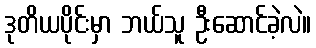
ဒုတိယပိုင်းမှာ ဘယ်သူ ဦးဆောင်ခဲ့လဲ။